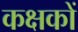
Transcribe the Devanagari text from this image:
कक्षकों